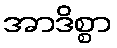
အာဒိစ္စာ